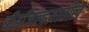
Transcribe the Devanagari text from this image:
बीडजिल्हय़ातील